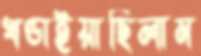
খণ্ডাইয়াছিলাম